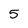
Character: 5